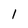
Character: 1